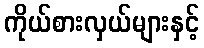
ကိုယ်စားလှယ်များနှင့်